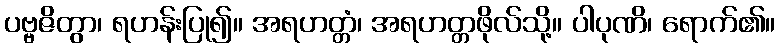
ပဗ္ဗဇိတွာ၊ ရဟန်းပြု၍။ အရဟတ္တံ၊ အရဟတ္တဖိုလ်သို့။ ပါပုဏိ၊ ရောက်၏။